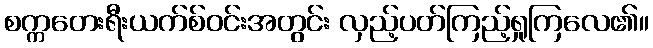
စက္ကတေးရီးယက်စ်ဝင်းအတွင်း လှည့်ပတ်ကြည့်ရှုကြလေ၏။